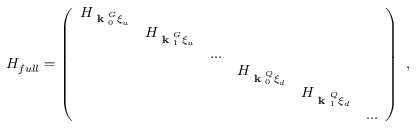
H _ { f u l l } = \left( \begin{array} { l l l l l l } { H _ { \textbf { k } _ { 0 } ^ { G } \xi _ { u } } } & & & & & \\ & { H _ { \textbf { k } _ { 1 } ^ { G } \xi _ { u } } } & & & & \\ & & { . . . } & & & \\ & & & { H _ { \textbf { k } _ { 0 } ^ { Q } \xi _ { d } } } & & \\ & & & & { H _ { \textbf { k } _ { 1 } ^ { Q } \xi _ { d } } } & \\ & & & & & { . . . } \end{array} \right) ~ ,